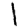
Digit: 1